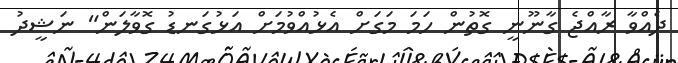
ދެއްވާ ރާއްޖެ ގާނޫނީ ގޮތުން ހަމަ މަގަށް އެޅުއްވުމަށް އަޅުގަނޑު ގޮވާލަން" ނަޝީދު